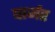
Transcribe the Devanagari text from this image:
पार्जर